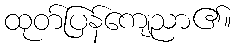
ထုတ်ပြန်ကျေညာ၏။